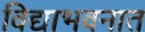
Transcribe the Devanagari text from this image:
विद्याभवनात